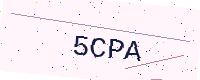
Text: 5CPA